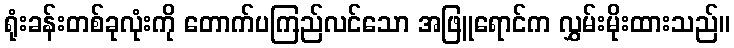
ရုံးခန်းတစ်ခုလုံးကို တောက်ပကြည်လင်သော အဖြူရောင်က လွှမ်းမိုးထားသည်။